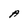
Character: A